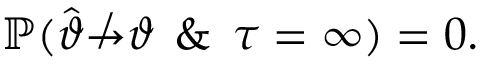
\mathbb { P } ( \widehat { \vartheta } \not \to \vartheta \: \: \& \: \: \tau = \infty ) = 0 .